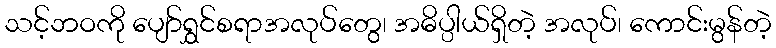
သင့်ဘဝကို ပျော်ရွှင်စရာအလုပ်တွေ၊ အဓိပ္ပါယ်ရှိတဲ့ အလုပ်၊ ကောင်းမွန်တဲ့